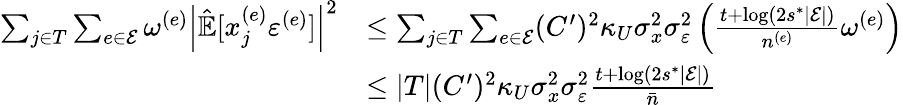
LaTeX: \begin{array}{rl}{\sum_{j\in T}\sum_{e\in\mathcal{E}}\omega^{(e)}\left|\hat{\mathbb{E}}[x_{j}^{(e)}\varepsilon^{(e)}]\right|^{2}}&{\le\sum_{j\in T}\sum_{e\in\mathcal{E}}(C^{\prime})^{2}\kappa_{U}\sigma_{x}^{2}\sigma_{\varepsilon}^{2}\left(\frac{t+\log(2s^{*}|\mathcal{E}|)}{n^{(e)}}\omega^{(e)}\right)}\\ &{\le|T|(C^{\prime})^{2}\kappa_{U}\sigma_{x}^{2}\sigma_{\varepsilon}^{2}\frac{t+\log(2s^{*}|\mathcal{E}|)}{\bar{n}}}\end{array}